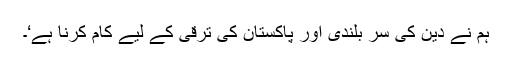
ہم نے دین کی سر بلندی اور پاکستان کی ترقی کے لیے کام کرنا ہے‘۔